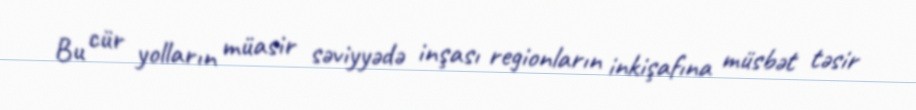
Bu cür yolların müasir səviyyədə inşası regionların inkişafına müsbət təsir